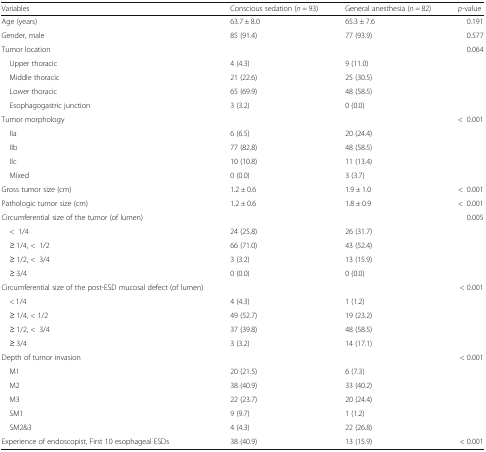
<table><thead><tr><td><b>Variables</b></td><td><b>Conscious sedation (<i>n</i> = 93)</b></td><td><b>General anesthesia (<i>n</i> = 82)</b></td><td><b><i>p</i>-value</b></td></tr></thead><tbody><tr><td>Age (years)</td><td>63.7 ± 8.0</td><td>65.3 ± 7.6</td><td>0.191</td></tr><tr><td>Gender, male</td><td>85 (91.4)</td><td>77 (93.9)</td><td>0.577</td></tr><tr><td>Tumor location</td><td></td><td></td><td>0.064</td></tr><tr><td> Upper thoracic</td><td>4 (4.3)</td><td>9 (11.0)</td><td></td></tr><tr><td> Middle thoracic</td><td>21 (22.6)</td><td>25 (30.5)</td><td></td></tr><tr><td> Lower thoracic</td><td>65 (69.9)</td><td>48 (58.5)</td><td></td></tr><tr><td> Esophagogastric junction</td><td>3 (3.2)</td><td>0 (0.0)</td><td></td></tr><tr><td>Tumor morphology</td><td></td><td></td><td>&lt;0.001</td></tr><tr><td> IIa</td><td>6 (6.5)</td><td>20 (24.4)</td><td></td></tr><tr><td> IIb</td><td>77 (82.8)</td><td>48 (58.5)</td><td></td></tr><tr><td> IIc</td><td>10 (10.8)</td><td>11 (13.4)</td><td></td></tr><tr><td> Mixed</td><td>0 (0.0)</td><td>3 (3.7)</td><td></td></tr><tr><td>Gross tumor size (cm)</td><td>1.2 ± 0.6</td><td>1.9 ± 1.0</td><td>&lt;0.001</td></tr><tr><td>Pathologic tumor size (cm)</td><td>1.2 ± 0.6</td><td>1.8 ± 0.9</td><td>&lt;0.001</td></tr><tr><td>Circumferential size of the tumor (of lumen)</td><td></td><td></td><td>0.005</td></tr><tr><td> &lt;1/4</td><td>24 (25.8)</td><td>26 (31.7)</td><td></td></tr><tr><td> ≥ 1/4, &lt;1/2</td><td>66 (71.0)</td><td>43 (52.4)</td><td></td></tr><tr><td> ≥ 1/2, &lt;3/4</td><td>3 (3.2)</td><td>13 (15.9)</td><td></td></tr><tr><td> ≥ 3/4</td><td>0 (0.0)</td><td>0 (0.0)</td><td></td></tr><tr><td>Circumferential size of the post-ESD mucosal defect (of lumen)</td><td></td><td></td><td>&lt; 0.001</td></tr><tr><td> &lt; 1/4</td><td>4 (4.3)</td><td>1 (1.2)</td><td></td></tr><tr><td> ≥ 1/4, &lt; 1/2</td><td>49 (52.7)</td><td>19 (23.2)</td><td></td></tr><tr><td> ≥ 1/2, &lt;3/4</td><td>37 (39.8)</td><td>48 (58.5)</td><td></td></tr><tr><td> ≥ 3/4</td><td>3 (3.2)</td><td>14 (17.1)</td><td></td></tr><tr><td>Depth of tumor invasion</td><td></td><td></td><td>&lt; 0.001</td></tr><tr><td> M1</td><td>20 (21.5)</td><td>6 (7.3)</td><td></td></tr><tr><td> M2</td><td>38 (40.9)</td><td>33 (40.2)</td><td></td></tr><tr><td> M3</td><td>22 (23.7)</td><td>20 (24.4)</td><td></td></tr><tr><td> SM1</td><td>9 (9.7)</td><td>1 (1.2)</td><td></td></tr><tr><td> SM2&amp;3</td><td>4 (4.3)</td><td>22 (26.8)</td><td></td></tr><tr><td>Experience of endoscopist, First 10 esophageal ESDs</td><td>38 (40.9)</td><td>13 (15.9)</td><td>&lt; 0.001</td></tr></tbody></table>